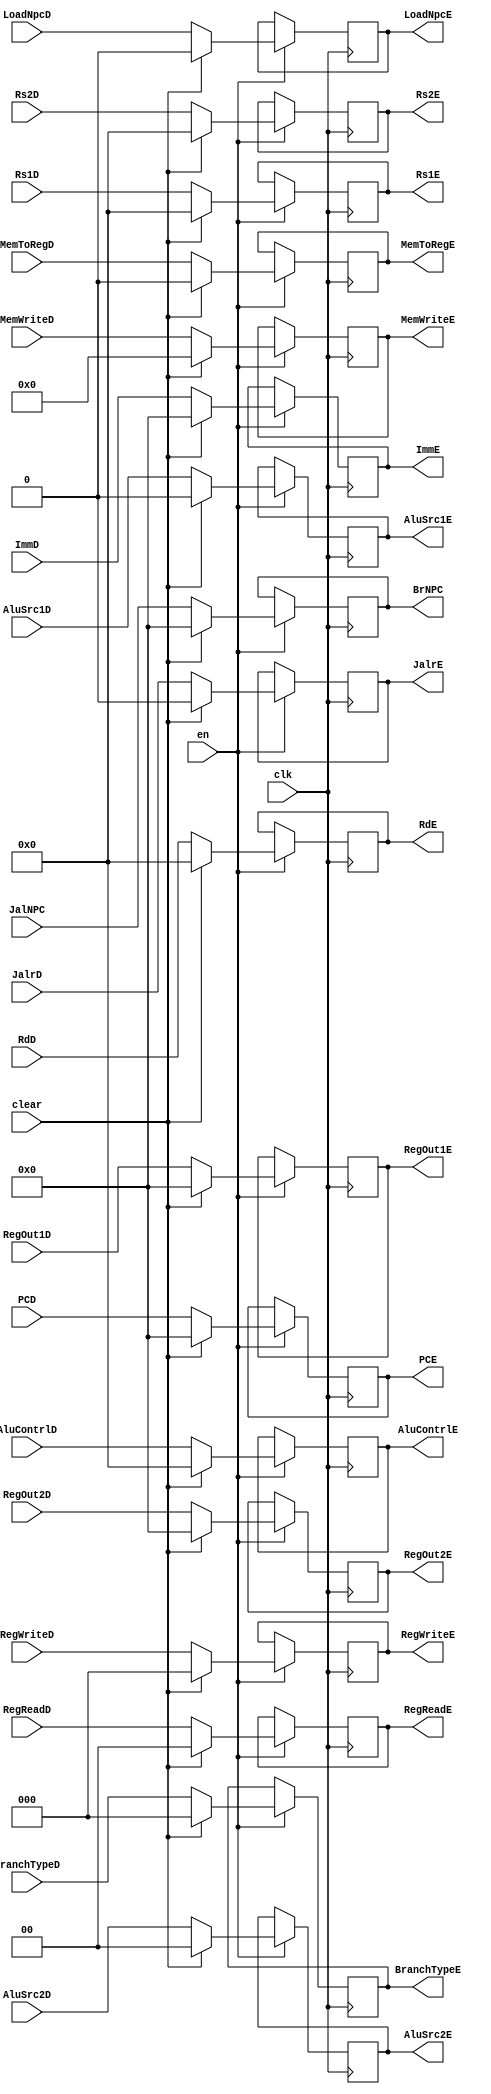
`timescale 1ns / 1ps
//////////////////////////////////////////////////////////////////////////////////
// Company: USTC ESLABEmbeded System Lab
// Design Name: RISCV-Pipline CPU
// Module Name: EXSegReg
// Target Devices: Nexys4
// Tool Versions: Vivado 2017.4.1
// Description: ID-EX Segment Register
//////////////////////////////////////////////////////////////////////////////////
module EXSegReg(
    input wire clk,
    input wire en,
    input wire clear,
    //Data Signals
    input wire [31:0] PCD,
    output reg [31:0] PCE, 
    input wire [31:0] JalNPC,
    output reg [31:0] BrNPC, 
    input wire [31:0] ImmD,
    output reg [31:0] ImmE,
    input wire [4:0] RdD,
    output reg [4:0] RdE,
    input wire [4:0] Rs1D,
    output reg [4:0] Rs1E,
    input wire [4:0] Rs2D,
    output reg [4:0] Rs2E,
    input wire [31:0] RegOut1D,
    output reg [31:0] RegOut1E,
    input wire [31:0] RegOut2D,
    output reg [31:0] RegOut2E,
    //Control Signals
    input wire JalrD,
    output reg JalrE,
    input wire [2:0] RegWriteD,
    output reg [2:0] RegWriteE,
    input wire MemToRegD,
    output reg MemToRegE,
    input wire [3:0] MemWriteD,
    output reg [3:0] MemWriteE,
    input wire LoadNpcD,
    output reg LoadNpcE,
    input wire [1:0] RegReadD,
    output reg [1:0] RegReadE, 
    input wire [2:0] BranchTypeD,
    output reg [2:0] BranchTypeE,
    input wire [4:0] AluContrlD,
    output reg [4:0] AluContrlE,
    input wire AluSrc1D,
    output reg AluSrc1E,
    input wire [1:0] AluSrc2D,
    output reg [1:0] AluSrc2E
    );
    initial begin
        PCE        = 32'b0; 
        BrNPC      = 32'b0; 
        ImmE       = 32'b0;
        RdE        = 32'b0;
        Rs1E       = 5'b0;
        Rs2E       = 5'b0;
        RegOut1E   = 32'b0;
        RegOut2E   = 32'b0;
        JalrE      = 1'b0;
        RegWriteE  = 1'b0;
        MemToRegE  = 1'b0;
        MemWriteE  = 1'b0;
        LoadNpcE   = 1'b0;
        RegReadE   = 2'b00;
        BranchTypeE = 3'b0;
        AluContrlE = 5'b0;
        AluSrc1E   = 1'b0; 
        AluSrc2E   = 2'b0; 
    end
    //
    always@(posedge clk) begin
        if(en)
            if(clear)
                begin
                PCE<=32'b0; 
                BrNPC<=32'b0; 
                ImmE<=32'b0;
                RdE<=32'b0;
                Rs1E<=5'b0;
                Rs2E<=5'b0;
                RegOut1E<=32'b0;
                RegOut2E<=32'b0;
                JalrE<=1'b0;
                RegWriteE<=1'b0;
                MemToRegE<=1'b0;
                MemWriteE<=1'b0;
                LoadNpcE<=1'b0;
                RegReadE<=2'b00;
                BranchTypeE = 3'b0;
                AluContrlE<=5'b0;
                AluSrc1E<=1'b0; 
                AluSrc2E<=2'b0;     
            end else begin
                PCE<=PCD; 
                BrNPC<=JalNPC; 
                ImmE<=ImmD;
                RdE<=RdD;
                Rs1E<=Rs1D;
                Rs2E<=Rs2D;
                RegOut1E<=RegOut1D;
                RegOut2E<=RegOut2D;
                JalrE<=JalrD;
                RegWriteE=RegWriteD;
                MemToRegE<=MemToRegD;
                MemWriteE<=MemWriteD;
                LoadNpcE<=LoadNpcD;
                RegReadE<=RegReadD;
                BranchTypeE = BranchTypeD;
                AluContrlE<=AluContrlD;
                AluSrc1E<=AluSrc1D;
                AluSrc2E<=AluSrc2D;         
            end
        end
    
endmodule